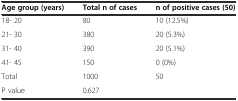
| Age group (years) | Total n of cases | n of positive cases (50) |
 | --- | --- | --- |
 | 18- 20 | 80 | 10 (12.5%) |
 | 21- 30 | 380 | 20 (5.3%) |
 | 31- 40 | 390 | 20 (5.1%) |
 | 41- 45 | 150 | 0 (0%) |
 | Total | 1000 | 50 |
 | P value | <COLSPAN=2> 0.627 |